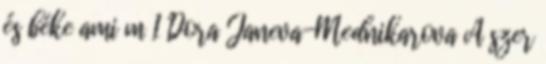
és béke ami m 1 Dora Janeva-Mednikarova A szer